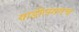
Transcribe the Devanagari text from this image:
वाडीलगतच